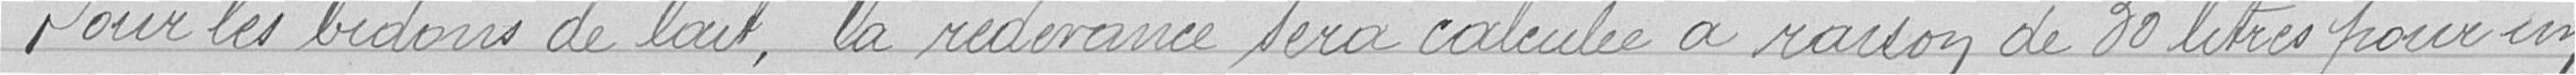
Pour les bidons de lait, la redevance sera calculé à raison de 30 litres pour un